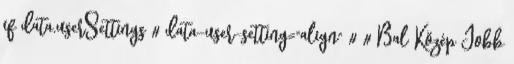
if data.userSettings # data-user-setting="align" # # Bal Közép Jobb